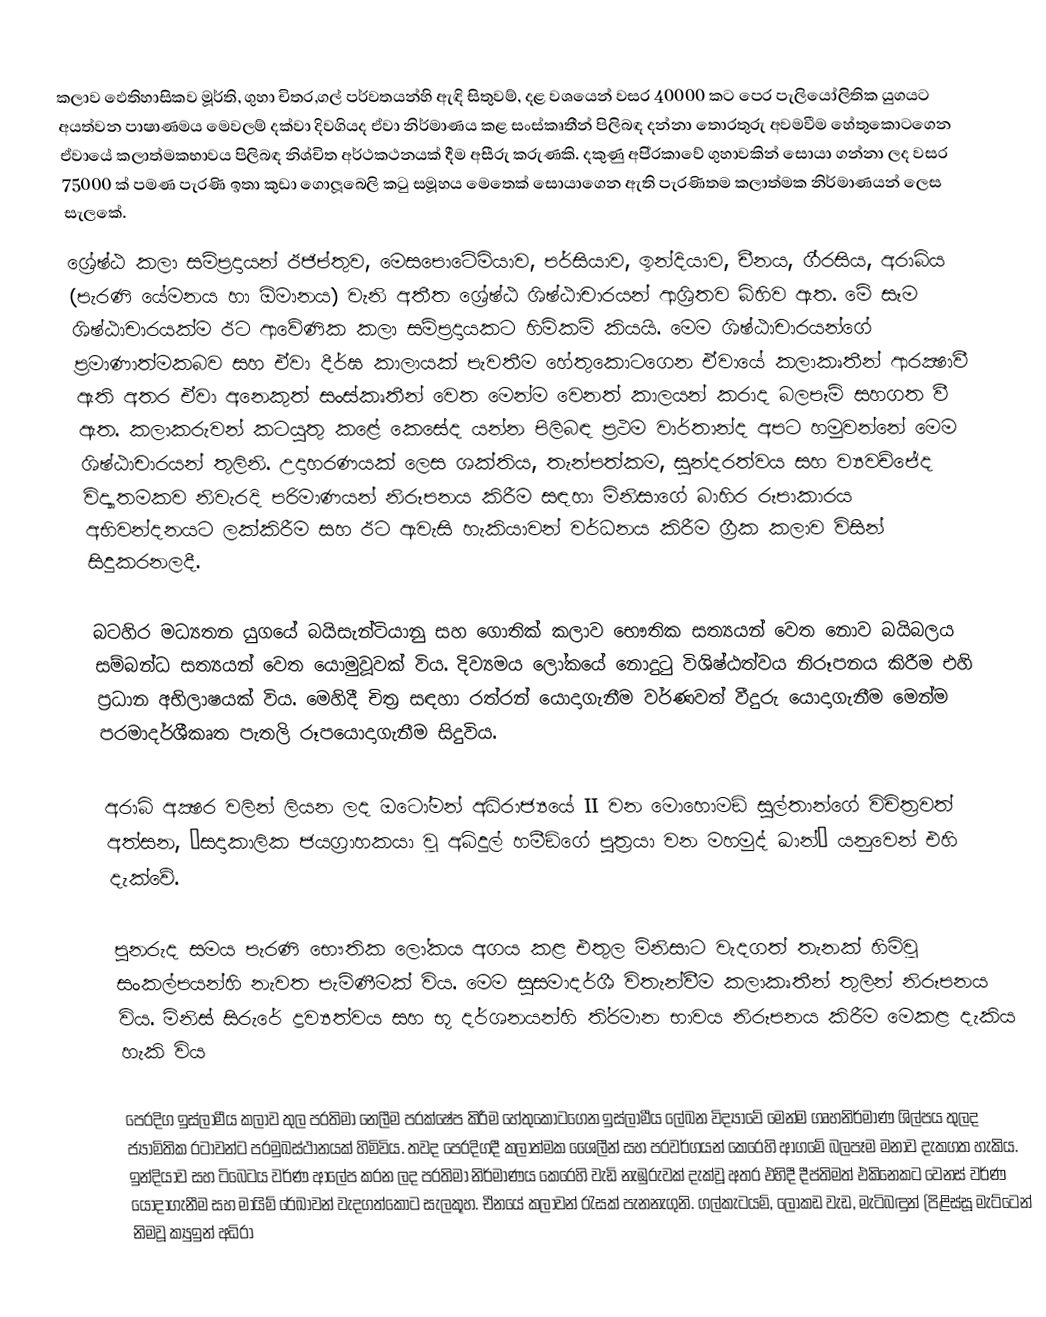
කලාව ඵෙතිහාසිකව මූර්ති, ගුහා චිත‍්‍ර,ගල් පර්වතයන්හි ඇඳි සිතුවම්,  දළ වශයෙන් වසර 40000 කට පෙර පැලියෝලිතික යුගයට අයත්වන පාෂාණමය මෙවලම් දක්වා දිවගියද ඒවා නිර්මාණය කළ සංස්කෘතීන් පිලිබඳ දන්නා තොරතුරු අවමවීම හේතුකොටගෙන ඒවායේ කලාත්මකභාවය පිලිබඳ නිශ්චිත අර්ථකථනයක් දීම අසීරු කරුණකි. දකුණු අපි‍්‍රකාවේ ගුහාවකින් සොයා ගන්නා ලද වසර 75000 ක් පමණ පැරණි ඉතා කුඩා ගොලූබෙලි කටු සමූහය මෙතෙක් සොයාගෙන ඇති පැරණිතම කලාත්මක නිර්මාණයන් ලෙස සැලකේ.
ශ්‍රේෂ්ඨ කලා සම්ප‍්‍රදායන් ඊජිප්තුව, මෙසපොටේමියාව, පර්සියාව, ඉන්දියාව, චීනය, ගී‍්‍රසිය, අරාබිය (පැරණි යේමනය හා  ඕමානය) වැනි අතීත ශ්‍රේෂ්ඨ ශිෂ්ඨාචාරයන් ආශ‍්‍රිතව බිහිව ඇත. මේ සෑම ශිෂ්ඨාචාරයක්ම ඊට ආවේණික කලා සම්ප‍්‍රදායකට හිමිකම් කියයි. මෙම ශිෂ්ඨාචාරයන්ගේ ප‍්‍රමාණාත්මකබව සහ ඒවා දීර්ඝ කාලායක් පැවතීම හේතුකොටගෙන ඒවායේ කලාකෘතීන් ආරක්‍ෂාවී ඇති අතර ඒවා අනෙකුත් සංස්කෘතීන් වෙත මෙන්ම වෙනත් කාලයන් කරාද බලපෑම් සහගත වී ඇත. කලාකරුවන් කටයුතු කළේ කෙසේද යන්න පිලිබඳ ප‍්‍රථම වාර්තාන්ද අපට හමුවන්නේ මෙම ශිෂ්ඨාචාරයන් තුලිනි. උදාහරණයක් ලෙස  ශක්තිය, තැන්පත්කම, සුන්දරත්වය සහ ව්‍යවච්ජේද විද්‍යාතමකව නිවැරදි පරිමාණයන් නිරූපනය කිරීම සඳහා මිනිසාගේ බාහිර රූපාකාරය අභිවන්දනයට ලක්කිරීම සහ ඊට ඇවැසි හැකියාවන් වර්ධනය කිරීම ග‍්‍රීක කලාව විසින් සිදුකරනලදී.

බටහිර මධ්‍යතන යුගයේ බයිසැන්ටියානු සහ ගොතික් කලාව භෞතික සත්‍යයන් වෙත නොව බයිබලය සම්බන්ධ සත්‍යයන් වෙත යොමුවූවක් විය. දිව්‍යමය ලෝකයේ නොදුටු විශිෂ්ඨත්වය නිරූපනය කිරීම එහි ප‍්‍රධාන අභිලාෂයක් විය. මෙහිදී චිත‍්‍ර සඳහා රත්රන් යොදාගැනීම වර්ණවත් වීදුරු යොදාගැනීම මෙන්ම පරමාදර්ශීකෘත පැතලි රූපයොදාගැනීම සිදුවිය.

අරාබි අක්‍ෂර වලින් ලියන ලද ඔටෝමන් අධිරාජ්‍යයේ II වන මොහොමඞ් සුල්තාන්ගේ විචිත‍්‍රවත් අත්සන, ‘සදාකාලික ජයග‍්‍රාහකයා වූ අබ්දුල් හමීඞ්ගේ පුත‍්‍රයා වන මහමුද් ඛාන්’ යනුවෙන් එහි දැක්වේ.

පුනරුද සමය පැරණි භෞතික ලෝකය අගය කළ එතුල මිනිසාට වැදගත් තැනක් හිමිවූ සංකල්පයන්හි නැවත පැමිණීමක් විය. මෙම සුසමාදර්ශී විතැන්වීම කලාකෘතීන් තුලින් නිරූපනය විය. මිනිස් සිරුරේ ද්‍රව්‍යත්වය සහ භූ දර්ශනයන්හි ති‍්‍රමාන භාවය නිරූපනය කිරීම මෙකළ දැකිය හැකි විය

පෙරදිග ඉස්ලාමීය කලාව තුල ප‍්‍රතිමා නෙලීම ප‍්‍රක්ෂේප කිරීම හේතුකොටගෙන ඉස්ලාමීය ලේඛන විද්‍යාවේ මෙන්ම ගෘහනිර්මාණ ශිල්පය තුලද ජ්‍යාමිතික රටාවන්ට ප‍්‍රමුඛස්ථානයක් හිමිවිය. තවද පෙරදිගදී කලාත්මක ශෛලීන් සහ ප‍්‍රවර්ගයන් කෙරෙහි ආගමේ බලපෑම මනාව දැකගත හැකිය. ඉන්දියාව සහ ටිබෙටය වර්ණ ආලේප කරන ලද ප‍්‍රතිමා නිර්මාණය කෙරෙහි වැඩි නැඹුරුවක් දැක්වූ අතර එහිදී දීප්තිමත් එකිනෙකට වෙනස් වර්ණ යොදාගැනීම සහ මායිම් රේඛාවන් වැදගත්කොට සැලකූහ. චීනයේ කලාවන් රැසක් පැනනැගුනි. ගල්කැටයම්, ලෝකඩ වැඩ, මැටිබඳුන් (පිළිස්සූ මැට්ටෙන් නිමවූ ක්‍යුඉන් අධිරා